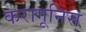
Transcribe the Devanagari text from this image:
करागूनिस